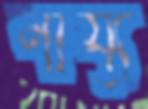
নায্য